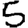
Digit: 5